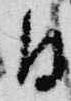
日